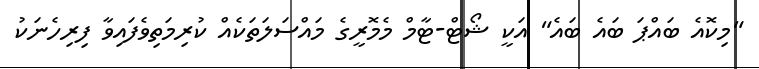
"މިކޮއެ ބައްޕަ ބައެ ބައެ" އަކީ ޝޯޓް-ޓާމް މެމޮރީގެ މައްސަލަތަކެއް ކުރިމަތިވެފައިވާ ފިރިހެނަކު